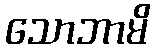
သောဘာမိ